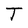
Character: T